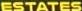
ESTATES